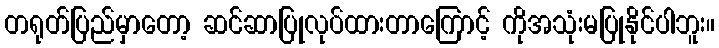
တရုတ်ပြည်မှာတော့ ဆင်ဆာပြုလုပ်ထားတာကြောင့် ကိုအသုံးမပြုနိုင်ပါဘူး။